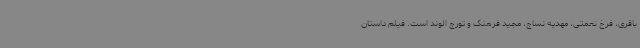
باقری، فرخ نعمتی، مهدیه نساج، مجید فرهنگ و تورج الوند است. فیلم داستان